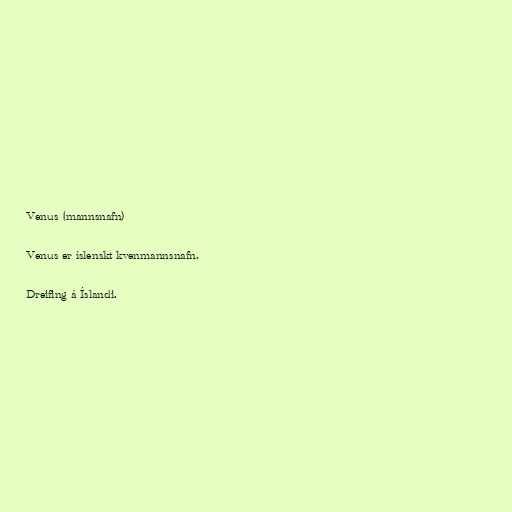
Venus (mannsnafn)

Venus er íslenskt kvenmannsnafn.

Dreifing á Íslandi.